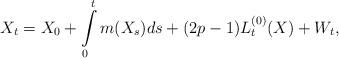
LaTeX: \begin{align*}X_t=X_0+ \int\limits_0^tm(X_s)ds+(2p-1)L_t^{\left(0\right)}(X)+W_t,\end{align*}